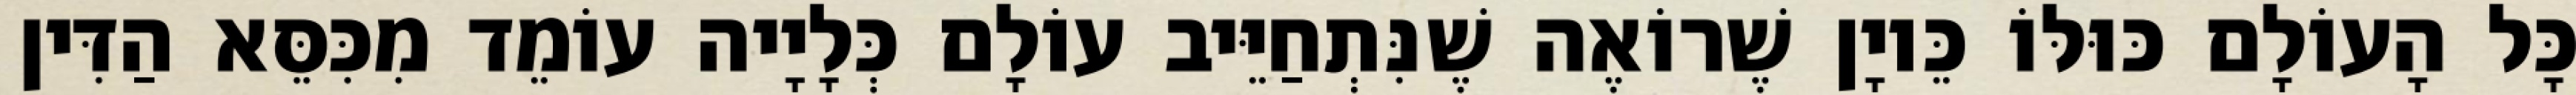
כָּל הָעוֹלָם כּוּלּוֹ כֵּיוָן שֶׁרוֹאֶה שֶׁנִּתְחַיֵּיב עוֹלָם כְּלָיָיה עוֹמֵד מִכִּסֵּא הַדִּין